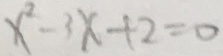
x ^ { 2 } - 3 x + 2 = 0